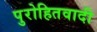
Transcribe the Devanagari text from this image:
पुरोहितवादी